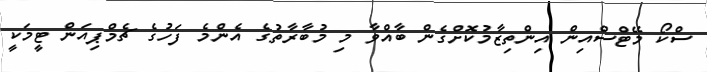
ސްކޯ މޭޓްސްއިން އިންތިޒާމުކޮށްގެން ބާއްވާ މި މުބާރާތުގެ އެންމެ ފަހުގެ ޗެމްޕިއަން ޓީމަކީ